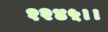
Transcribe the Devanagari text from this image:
१२४५।।